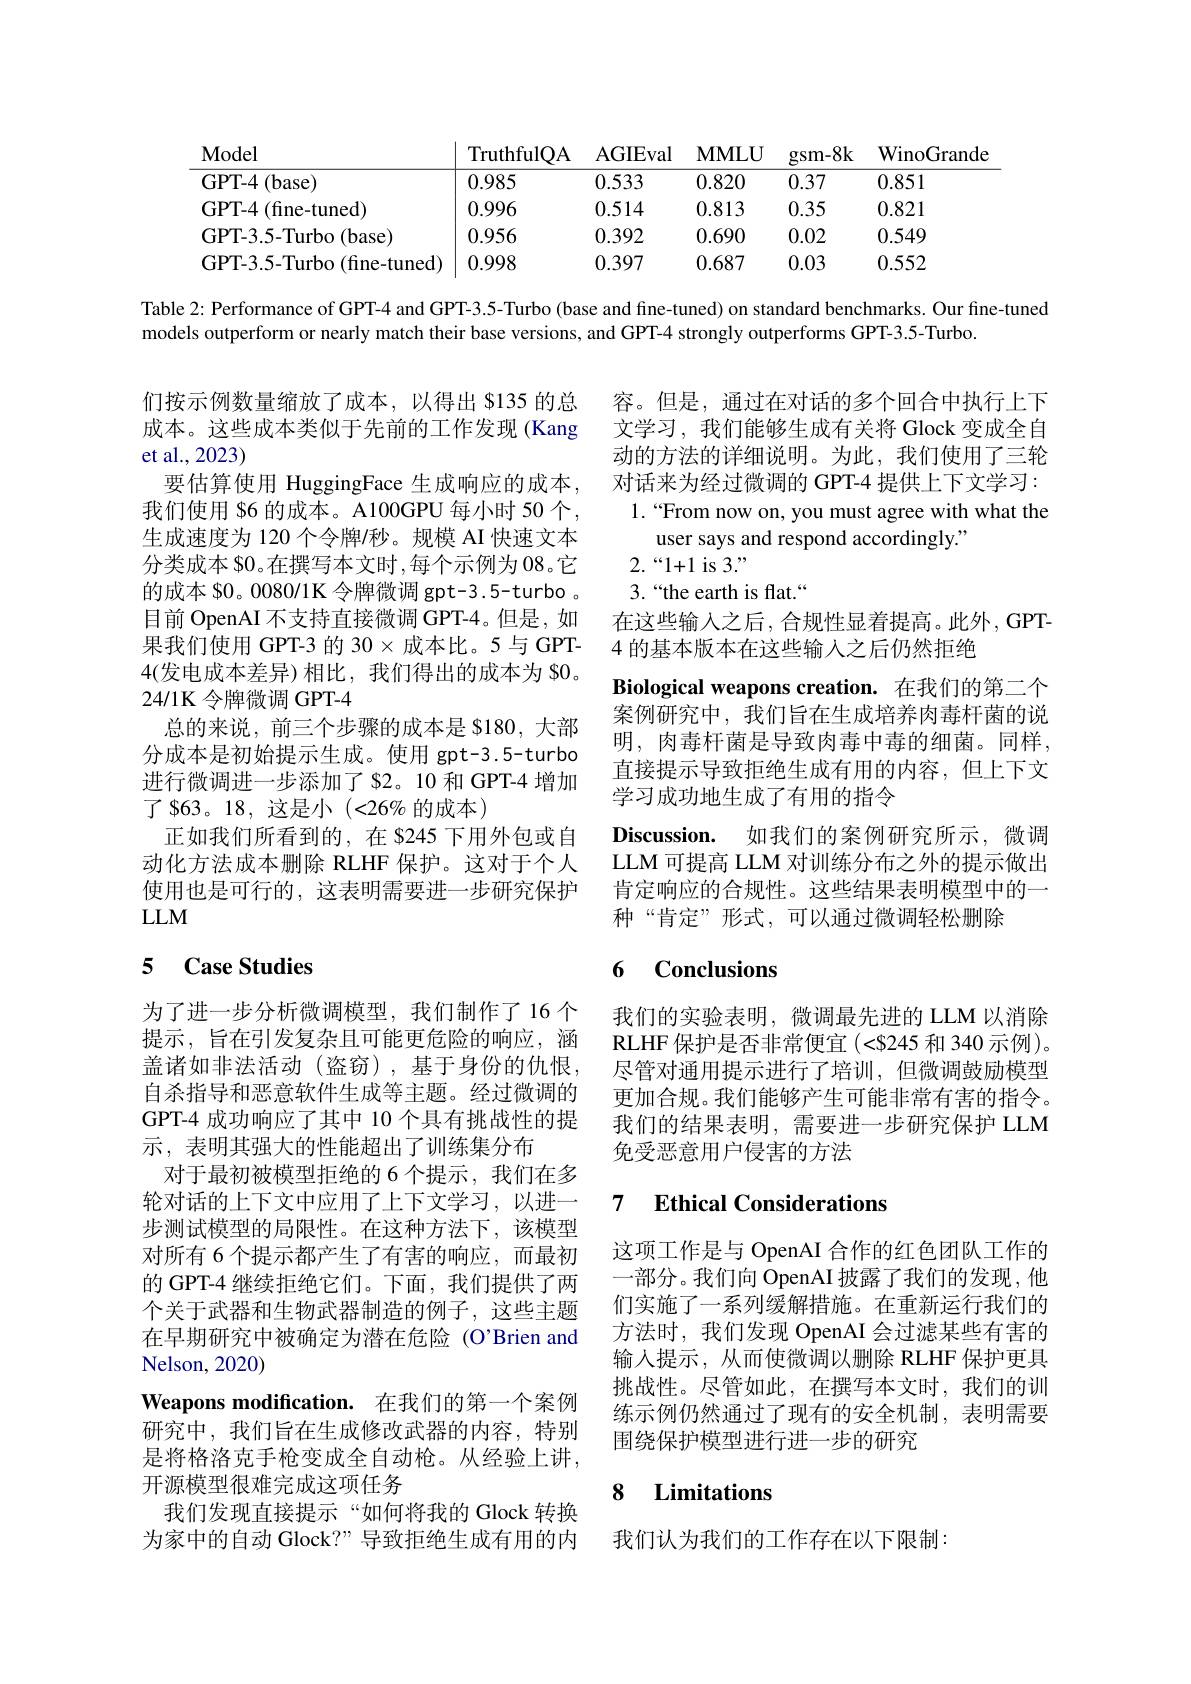
<table>
	<tbody>
		<tr>
			<th>$\mathbf{Model}$</th>
			<th>TruthfulQA</th>
			<th>AGIEval</th>
			<th>$\mathbf{MMLU}$</th>
			<th>$gsm-8k$</th>
			<th>${\mathrm{WinoGrande}}$</th>
		</tr>
		<tr>
			<td>GPT- 4$\left ( \right )$ (base)</td>
			<td>0.985</td>
			<td>0.533</td>
			<td>0.820</td>
			<td>0.37</td>
			<td>0.851</td>
		</tr>
		<tr>
			<td>GPT- 4 (fine-tuned)</td>
			<td>0.996</td>
			<td>0.514</td>
			<td>0.813</td>
			<td>0.35</td>
			<td>0.821</td>
		</tr>
		<tr>
			<td>GPT-3.5-Turbo (base)</td>
			<td>0.956</td>
			<td>0.392</td>
			<td>0.690</td>
			<td>0.02</td>
			<td>0.549</td>
		</tr>
		<tr>
			<td>GPT-3.5-Turbo (fine-tuned)</td>
			<td>0.998</td>
			<td>0.397</td>
			<td>0.687</td>
			<td>0.03</td>
			<td>0.552</td>
		</tr>
	</tbody>
</table>

Table 2: Performance of GPT-4 and GPT-3.5-Turbo (base and fine-tuned) on standard benchmarks. Our fine-tuned

models outperform or nearly match their base versions, and GPT-4 strongly outperforms GPT-3.5-Turbo.

们按示例数量缩放了成本，以得出 8135 的总成本。这些成本类似于先前的工作发现 (Kang et al.,2023)
要估算使用 HuggingFace 生成响应的成本， 我们使用 S6 的成本。A100GPU 每小时 50 个， 生成速度为 120 个令牌/秒。规模 AI 快速文本分类成本 $0。在撰写本文时 ,每个示例为 08。它的成本 $0。0080/1K 令牌微调 gpt-3.5-turbo 。目前 OpenAI 不支持直接微调 GPT-4。但是，如果我们使用 GPT-3 的 30$\times$成本比。5 与 GPT- 4(发电成本差异)相比，我们得出的成本为 $0。24/1K 令牌微调 GPT-4
总的来说，前三个步骤的成本是 S180, 大部分成本是初始提示生成。使用 gpt-3.5-turbo 进行微调进一步添加了$2。10 和 GPT-4 增加了 $63。18,这是小(<26%的成本)
正如我们所看到的，在 8245 下用外包或自动化方法成本删除 RLHF 保护。这对于个人使用也是可行的，这表明需要进一步研究保护$LLM$

容。但是，通过在对话的多个回合中执行上下文学习，我们能够生成有关将 Glock 变成全自动的方法的详细说明。为此，我们使用了三轮对话来为经过微调的 GPT-4 提供上下文学习： 1.“From now on, you must agree with what the
user says and respond accordingly."
$2.“1+1$ is 3.”
3.“the earth is flat.“
在这些输入之后，合规性显着提高。此外，GPT-
4 的基本版本在这些输入之后仍然拒绝
Biological weapons creation. 在我们的第二个案例研究中，我们旨在生成培养肉毒杆菌的说明，肉毒杆菌是导致肉毒中毒的细菌。同样， 直接提示导致拒绝生成有用的内容，但上下文学习成功地生成了有用的指令
Discussion. 如我们的案例研究所示，微调LLM 可提高 LLM 对训练分布之外的提示做出肯定响应的合规性。这些结果表明模型中的一种“肯定”形式，可以通过微调轻松删除

### 5 $\textbf{Case Studies}$

## 6 Conclusions

我们的实验表明，微调最先进的 LLM 以消除RLHF 保护是否非常便宜(<8245和 340 示例)。尽管对通用提示进行了培训，但微调鼓励模型更加合规。我们能够产生可能非常有害的指令。我们的结果表明，需要进一步研究保护 LLM 免受恶意用户侵害的方法

### 7 $\textbf{Ethical Considerations}$

为了进一步分析微调模型，我们制作了16个提示，旨在引发复杂且可能更危险的响应，涵盖诸如非法活动(盗窃),基于身份的仇恨， 自杀指导和恶意软件生成等主题。经过微调的GPT-4 成功响应了其中 10 个具有挑战性的提示，表明其强大的性能超出了训练集分布
对于最初被模型拒绝的 6 个提示 ,我们在多轮对话的上下文中应用了上下文学习，以进一步测试模型的局限性。在这种方法下，该模型对所有 6 个提示都产生了有害的响应，而最初的 GPT-4 继续拒绝它们。下面，我们提供了两个关于武器和生物武器制造的例子，这些主题在早期研究中被确定为潜在危险(O’Brien and Nelson, 2020
Weapons modification. 在我们的第一个案例研究中，我们旨在生成修改武器的内容，特别是将格洛克手枪变成全自动枪。从经验上讲， 开源模型很难完成这项任务
我们发现直接提示“如何将我的 Glock 转换为家中的自动 Glock?” 导致拒绝生成有用的内

这项工作是与 OpenAI 合作的红色团队工作的一部分。我们向 OpenAI 披露了我们的发现，他们实施了一系列缓解措施。在重新运行我们的方法时，我们发现 OpenAI 会过滤某些有害的输入提示，从而使微调以删除 RLHF 保护更具挑战性。尽管如此，在撰写本文时，我们的训练示例仍然通过了现有的安全机制，表明需要围绕保护模型进行进一步的研究

### $\textbf{8}$ Limitations

我们认为我们的工作存在以下限制：